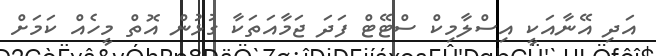
އަދި އޭނާއަކީ އިސްލާމިކް ސްޓޭޓް ފަދަ ޖަމާއަތަކާ ގުޅުން އޮތް މީހެއް ކަމަށް